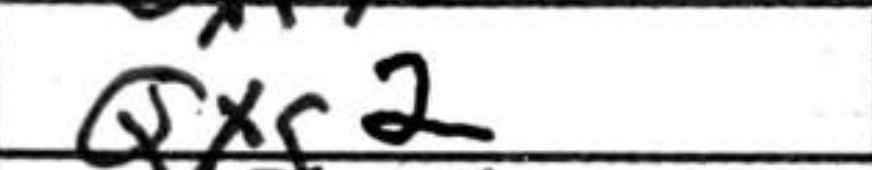
Transcription: Qxg2